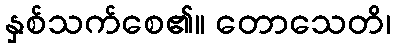
နှစ်သက်စေ၏။ တောသေတိ၊